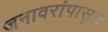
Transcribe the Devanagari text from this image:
जनावरांपासून